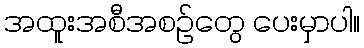
အထူးအစီအစဉ်တွေ ပေးမှာပါ။